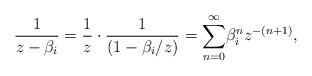
\begin{align*}\frac{1}{z-\beta_i}=\frac{1}{z}\cdot \frac{1}{(1-\beta_i \slash z)}=\overset{\infty}{\underset{n=0}{\sum}}\beta_i^nz^{-(n+1)},\end{align*}